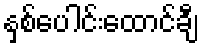
နှစ်ပေါင်းထောင်ချီ